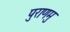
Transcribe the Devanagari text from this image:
पुराणमु